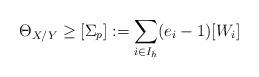
LaTeX: \begin{align*}\Theta_{X/Y}\geq [\Sigma_p]:= \sum_{i\in I_h}(e_i-1)[W_i]\end{align*}